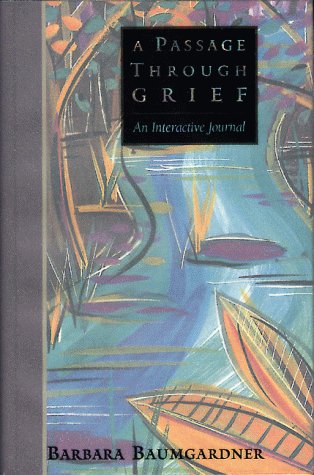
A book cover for A Passage Through Grief: An Interactive Journal; Barbara Baumgardner; Christian Books & Bibles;